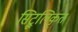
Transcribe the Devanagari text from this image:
सिट्रूलिकृत